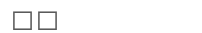
٨٦